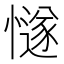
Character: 𢢝